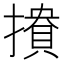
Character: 𢵟